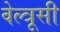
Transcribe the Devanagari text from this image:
वेल्त्रूसी